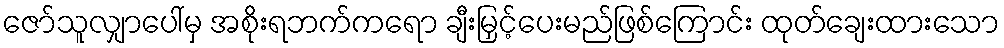
ဇော်သူလျှာပေါ်မှ အစိုးရဘက်ကရော ချီးမြှင့်ပေးမည်ဖြစ်ကြောင်း ထုတ်ချေးထားသော